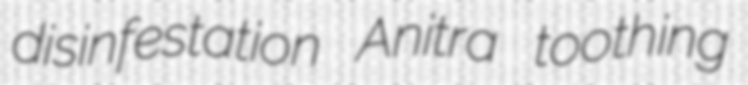
disinfestation Anitra toothing